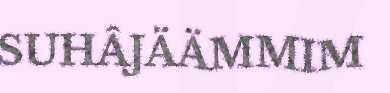
SUHÂJÄÄMMIM